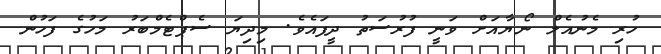
ހުރި މެނުއެލް ނޯޔާއަށް ވަނީ ފުރުސަތު ދީފައެވެ. މިދިޔަ ސެޕްޓެމްބަރު މަހުގެ ފަހުން